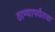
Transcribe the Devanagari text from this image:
ठाण्यापर्यंतचा